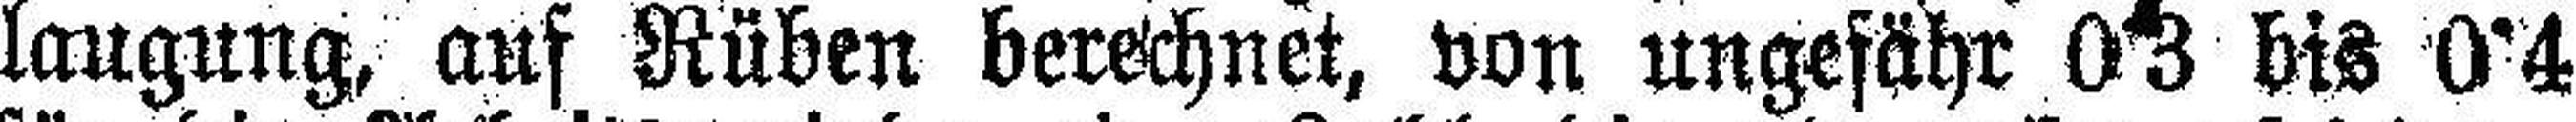
laugung, auf Rüben berechnet, von ungefähr 03 bis 04